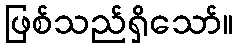
ဖြစ်သည်ရှိသော်။